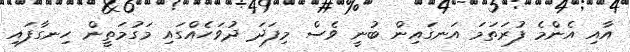
އާއި އެންމެ ފުރަތަމަ އަނގައިން ބުނީ ވެސް މިފަދަ ދުވަހެއްގައި މަގުމަތީން ހިނގާފައި